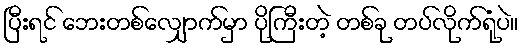
ပြီးရင် ဘေးတစ်လျှောက်မှာ ပိုကြီးတဲ့ တစ်ခု တပ်လိုက်ရုံပဲ။